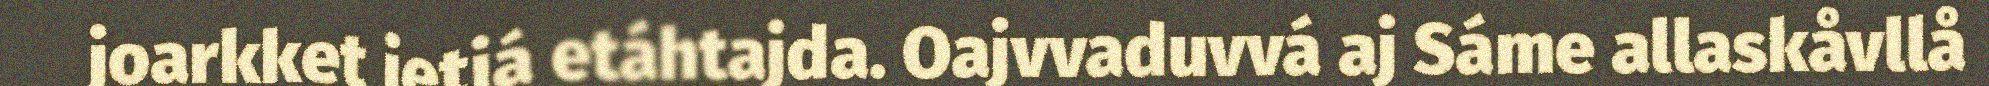
joarkket ietjá etáhtajda. Oajvvaduvvá aj Sáme allaskåvllå